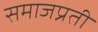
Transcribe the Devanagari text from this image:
समाजप्रती